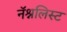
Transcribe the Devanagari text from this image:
नॅश्नलिस्ट